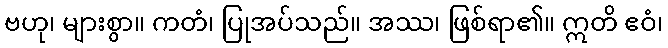
ဗဟု၊ များစွာ။ ကတံ၊ ပြုအပ်သည်။ အဿ၊ ဖြစ်ရာ၏။ ဣတိ ဧဝံ၊